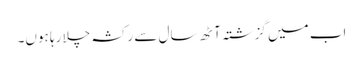
اب میں گزشتہ آٹھ سال سے رکشہ چلا رہا ہوں۔